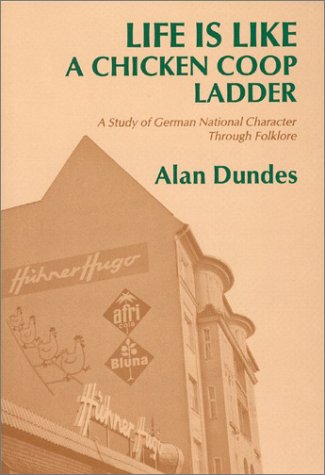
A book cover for Life is Like a Chicken Coop Ladder: A Study of German National Character through Folklore; Alan Dundes; Humor & Entertainment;